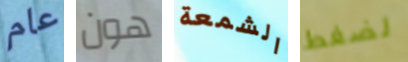
عام هون الشمعة لضغط